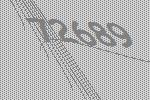
72689